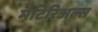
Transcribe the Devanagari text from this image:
मटिरिअल्स